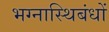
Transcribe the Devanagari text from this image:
भग्नास्थिबंधों